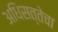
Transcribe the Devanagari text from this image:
अधिसत्तेचा